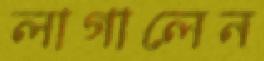
লাগালেন